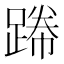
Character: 𲃸